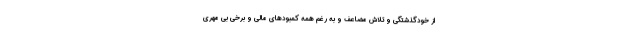
از خودگذشتگی و تلاش مضاعف و به رغم همه کمبودهای مالی و برخی بی مهری